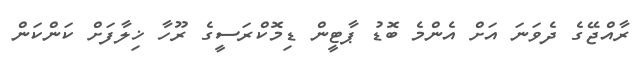
ރާއްޖޭގެ ދެވަނަ އަށް އެންމެ ބޮޑު ޕާޓީން ޑިމޮކްރަސީގެ ރޫހާ ޚިލާފަށް ކަންކަން